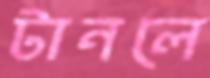
টানলে